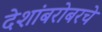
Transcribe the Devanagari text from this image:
देशांबरोबरचे